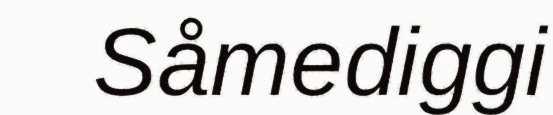
Såmediggi